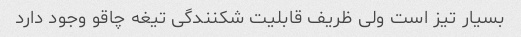
بسیار تیز است ولی ظریف قابلیت شکنندگی تیغه چاقو وجود دارد